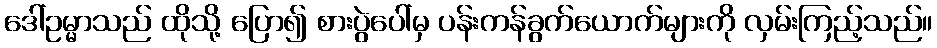
ဒေါ်ဥမ္မာသည် ထိုသို့ ပြော၍ စားပွဲပေါ်မှ ပန်းကန်ခွက်ယောက်များကို လှမ်းကြည့်သည်။